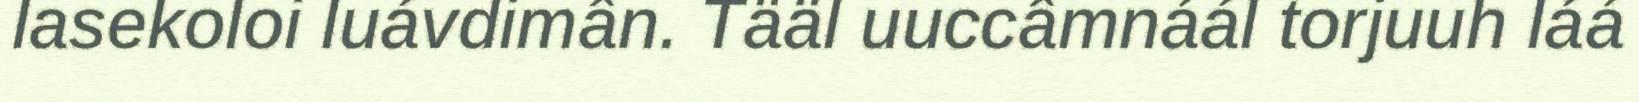
lasekoloi luávdimân. Tääl uuccâmnáál torjuuh láá